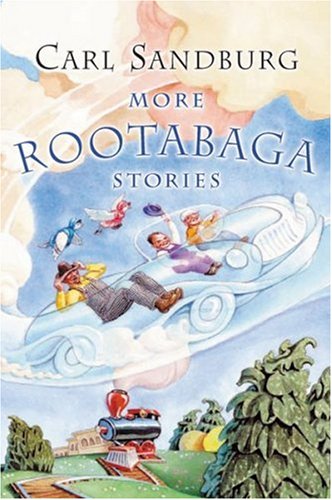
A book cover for More Rootabaga Stories; Carl Sandburg; Children's Books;